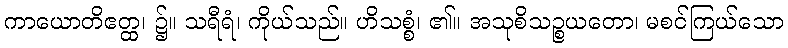
ကာယောတိဧတ္ထ၊ ၌။ သရီရံ၊ ကိုယ်သည်။ ဟိသစ္စံ၊ ၏။ အသုစိသဉ္စယတော၊ မစင်ကြယ်သော